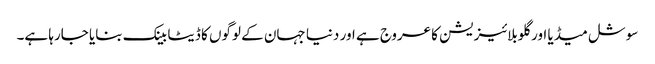
سوشل میڈیا اور گلوبلائیزیشن کا عروج ہے اور دنیا جہان کے لوگوں کا ڈیٹا بینک بنایا جارہا ہے۔